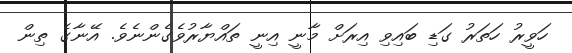
ހަވީރު ހަތަރު ގަޑި ބައިވި އިރަށް މާނީ އިނީ ތައްޔާރުވެގެންނެވެ. އޭނާގެ ތިން